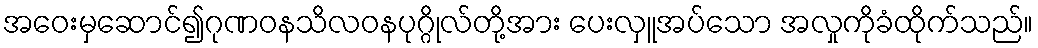
အဝေးမှဆောင်၍ဂုဏဝနသိလဝနပုဂ္ဂိုလ်တို့အား ပေးလှူအပ်သော အလှုကိုခံထိုက်သည်။